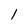
Character: 1